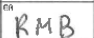
Transcription: RMB